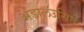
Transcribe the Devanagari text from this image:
अंडालउसिते